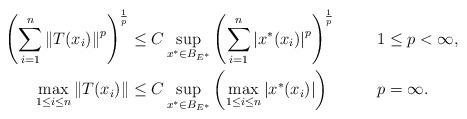
LaTeX: \begin{align*}\left(\sum_{i=1}^n\left\|T(x_i)\right\|^p\right)^{\frac{1}{p}}&\leq C \sup_{x^*\in B_{E^*}}\left(\sum_{i=1}^n\left|x^*(x_i)\right|^p\right)^{\frac{1}{p}}& &1\leq p<\infty, \\\max_{1\leq i\leq n}\left\|T(x_i)\right\|&\leq C \sup_{x^*\in B_{E^*}}\left(\max_{1\leq i\leq n}\left|x^*(x_i)\right|\right) & &p=\infty.\end{align*}